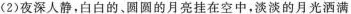
(2)夜深人静，白白的、圆圆的月亮挂在空中，淡淡的月光洒满